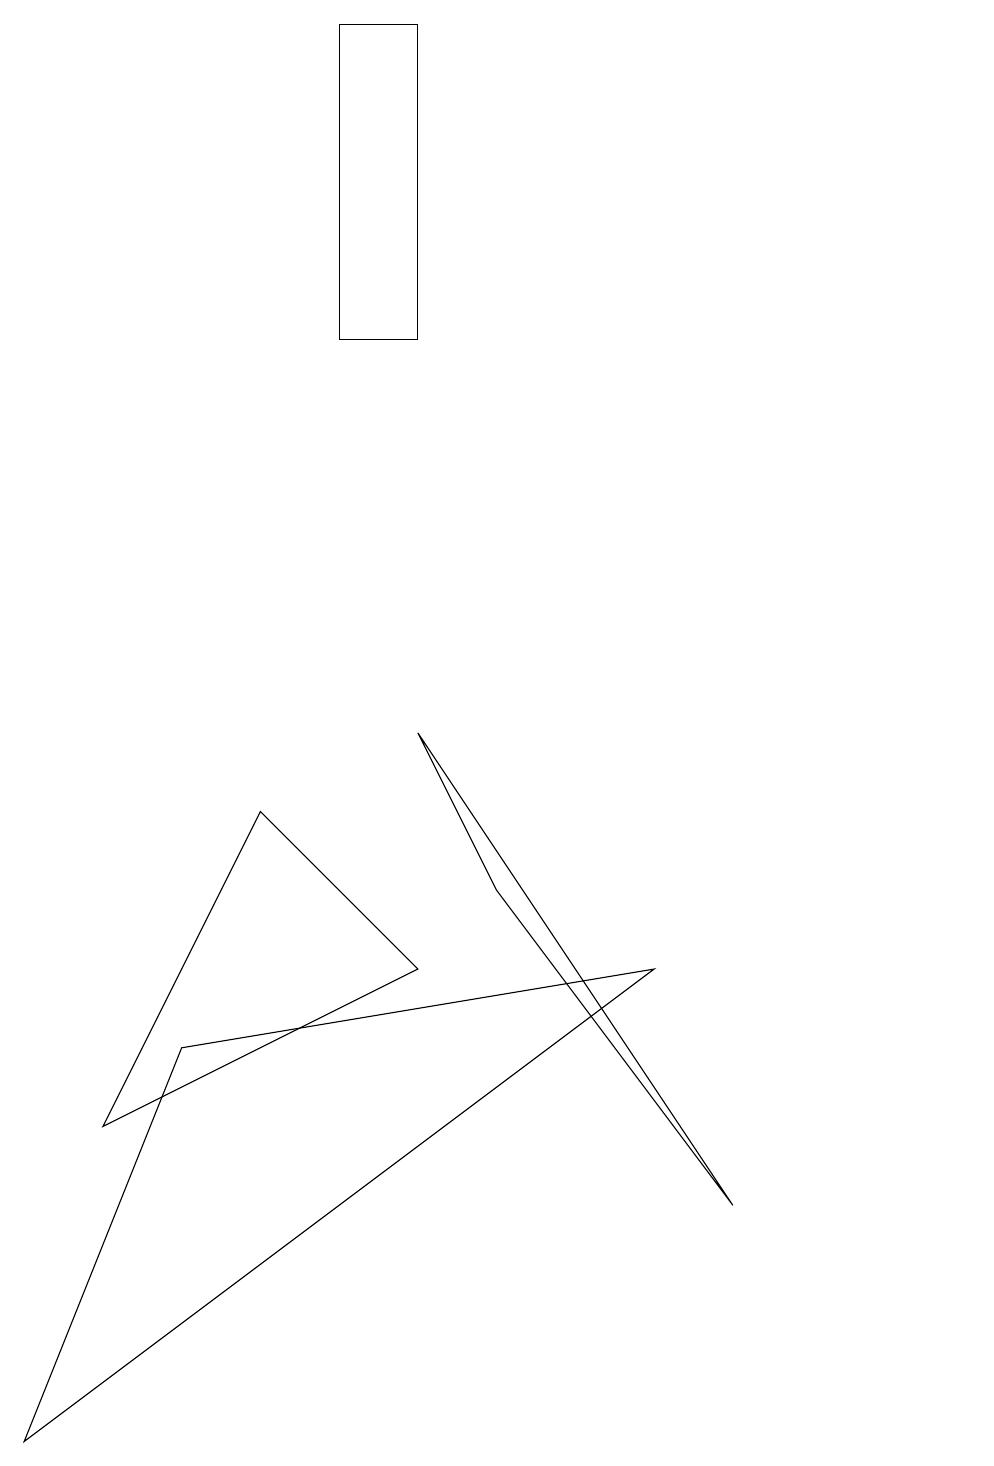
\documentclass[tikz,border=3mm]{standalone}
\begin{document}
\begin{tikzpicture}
\draw (1,4) -- (5,6) -- (3,8) -- cycle;
\draw (12,11) circle (0);
\draw (5,9) -- (9,3) -- (6,7) -- cycle;
\draw (5,18) rectangle (4,14);
\draw (8,6) -- (0,0) -- (2,5) -- cycle;
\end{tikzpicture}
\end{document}